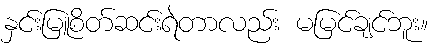
နှင်းမြူစိတ်ဆင်းရဲတာလည်း မမြင်ချင်ဘူး။